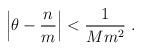
LaTeX: \begin{align*}\left| \theta - \frac{n}{m} \right| < \frac{1}{M m^2}\ .\end{align*}